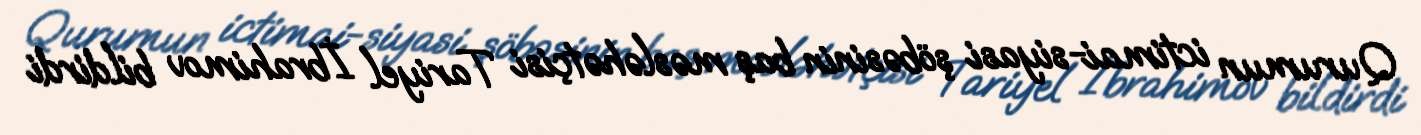
Qurumun ictimai-siyasi şöbəsinin baş məsləhətçisi Tariyel İbrahimov bildirdi